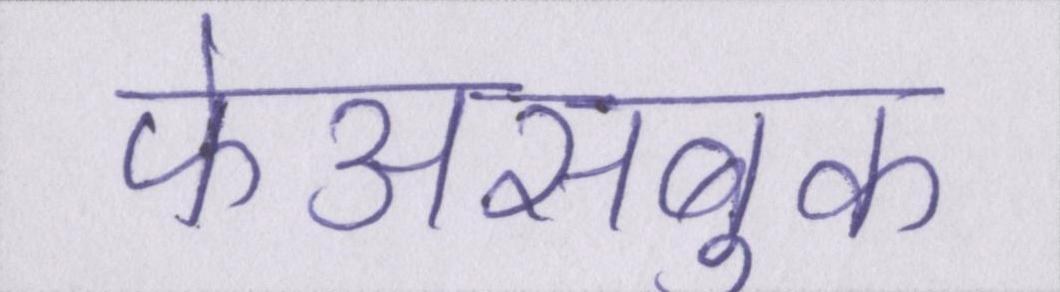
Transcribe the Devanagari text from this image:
फेअसबुक